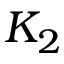
K _ { 2 }